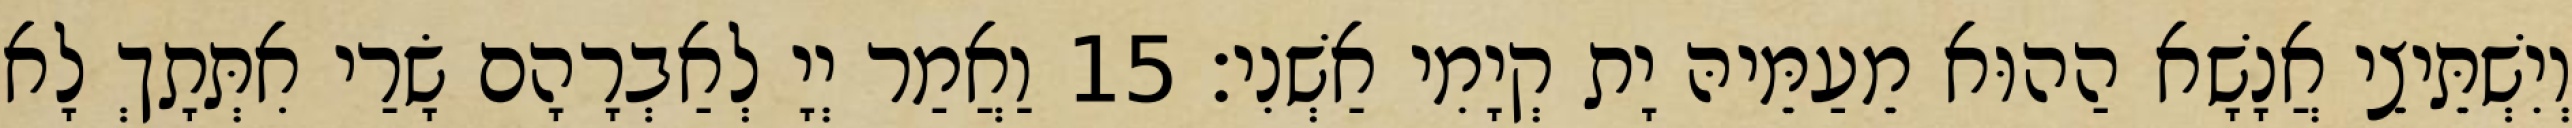
וְיִשְׁתֵּיצֵי אֲנָשָׁא הַהוּא מֵעַמֵּיהּ יָת קְיָמִי אַשְׁנִי׃ 15 וַאֲמַר יְיָ לְאַבְרָהָם שָׂרַי אִתְּתָךְ לָא